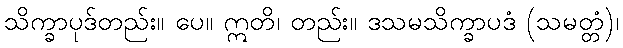
သိက္ခာပုဒ်တည်း။ ပေ။ ဣတိ၊ တည်း။ ဒသမသိက္ခာပဒံ (သမတ္တံ)၊